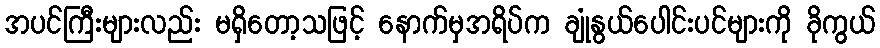
အပင်ကြီးများလည်း မရှိတော့သဖြင့် နောက်မှအရိပ်က ချုံနွယ်ပေါင်းပင်များကို ခိုကွယ်